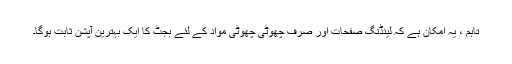
تاہم ، یہ امکان ہے کہ لینڈنگ صفحات اور صرف چھوٹی چھوٹی مواد کے لئے بجٹ کا ایک بہترین آپشن ثابت ہوگا۔